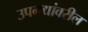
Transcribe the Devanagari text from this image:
उपनद्यांवरील